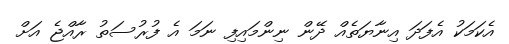
އެކަމަކު އެފަދަ އިނާޔަތެއް ދޭން ނިންމައިފި ނަމަ އެ ފުރުސަތު ރާއްޖެ އަށް